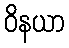
ဝိနယာ